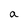
Character: a